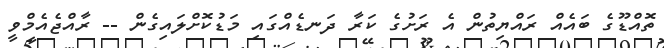
ތޮއްޑޫގެ ބައެއް ރައްޔިތުން އެ ރަށުގެ ކަރާ ދަނޑެއްގައި މަޑުކޮށްލައިގެން -- ރާއްޖެއެމްވީ